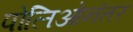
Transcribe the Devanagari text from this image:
पोलिओनंतर